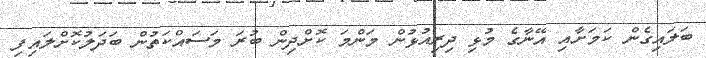
ބަލައިގެން ކަމަށާއި އޭނާގެ މުޅި ދިރިއުޅުން މަންމަ ކޮށްދިން ބުރަ މަސައްކަތުން ބަދަލުކޮށްލައިފި